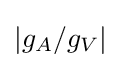
|g_{A}/g_{V}|